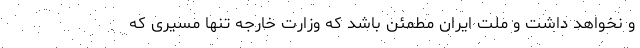
و نخواهد داشت و ملت ایران مطمئن باشد که وزارت خارجه تنها مسیری که